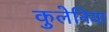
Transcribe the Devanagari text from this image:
कुलेनिया